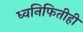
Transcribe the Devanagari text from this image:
ध्वनिफितीही